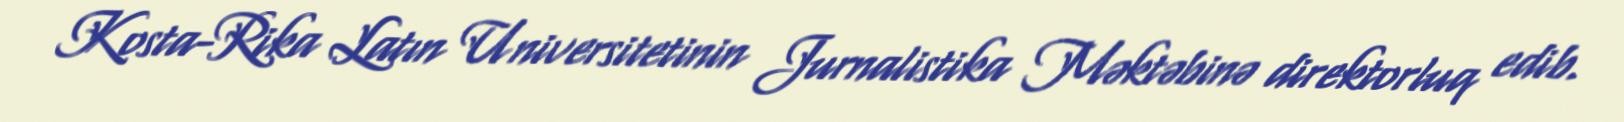
Kosta-Rika Latın Universitetinin Jurnalistika Məktəbinə direktorluq edib.